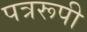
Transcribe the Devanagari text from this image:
पत्ररूपी